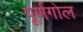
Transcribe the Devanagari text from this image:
पूर्णगोल